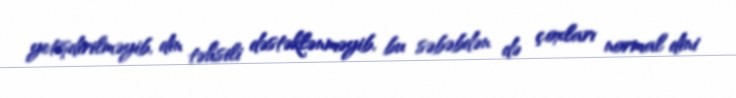
yetişdirilməyib, din təhsili dəstəklənməyib, bu səbəbdən də çoxları normal dini